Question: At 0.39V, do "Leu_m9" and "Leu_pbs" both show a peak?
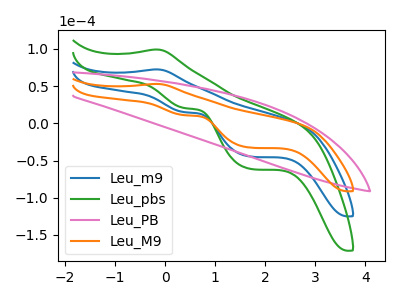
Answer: <think>The blue curve "Leu_m9" has an anodic peak at (-0.20V, 72.45uA) and cathodic peaks at (0.40V, 15.00uA) (1.70V, -44.60uA). The green curve "Leu_pbs" has an anodic peak at (-0.20V, 144.90uA) and cathodic peaks at (0.40V, 29.95uA) (1.70V, -89.20uA). The pink curve "Leu_PB" has no peaks. The orange curve "Leu_M9" has an anodic peak at (-0.20V, 52.95uA) and cathodic peaks at (0.40V, 10.95uA) (1.70V, -32.60uA).</think>
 <answer>Yes, "Leu_m9" and "Leu_pbs" share a peak at 0.39V.</answer>
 <eval>match</eval>